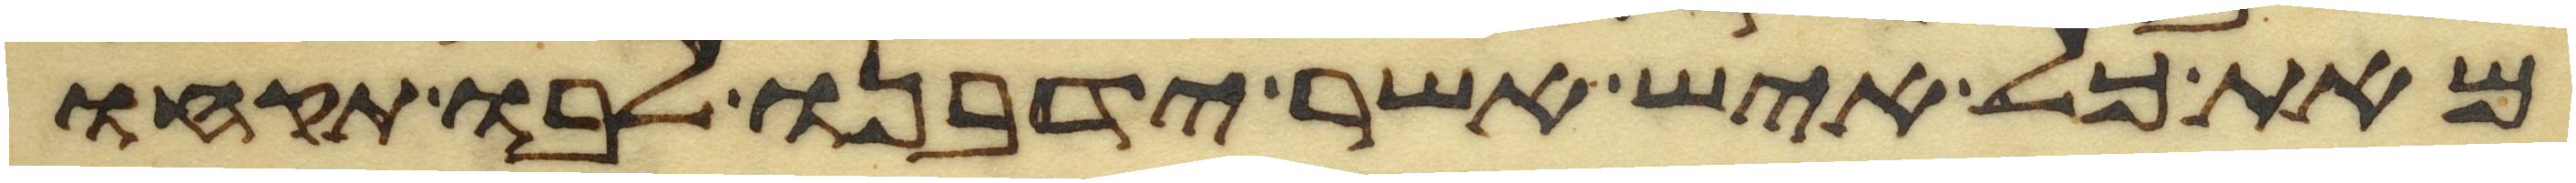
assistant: מאת כל איש אשר ידבנו לבו תקחו